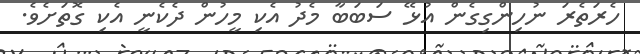
ހެރަތެރަ ނުހިންގިގެން އުޅޭ ސަބަބާ މެދު އެކި މީހުން ދެކެނީ އެކި ގޮތަށެވެ.